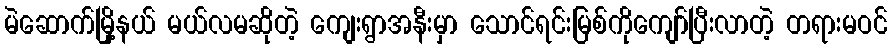
မဲဆောက်မြို့နယ် မယ်လမဆိုတဲ့ ကျေးရွာအနီးမှာ သောင်ရင်းမြစ်ကိုကျော်ပြီးလာတဲ့ တရားမဝင်